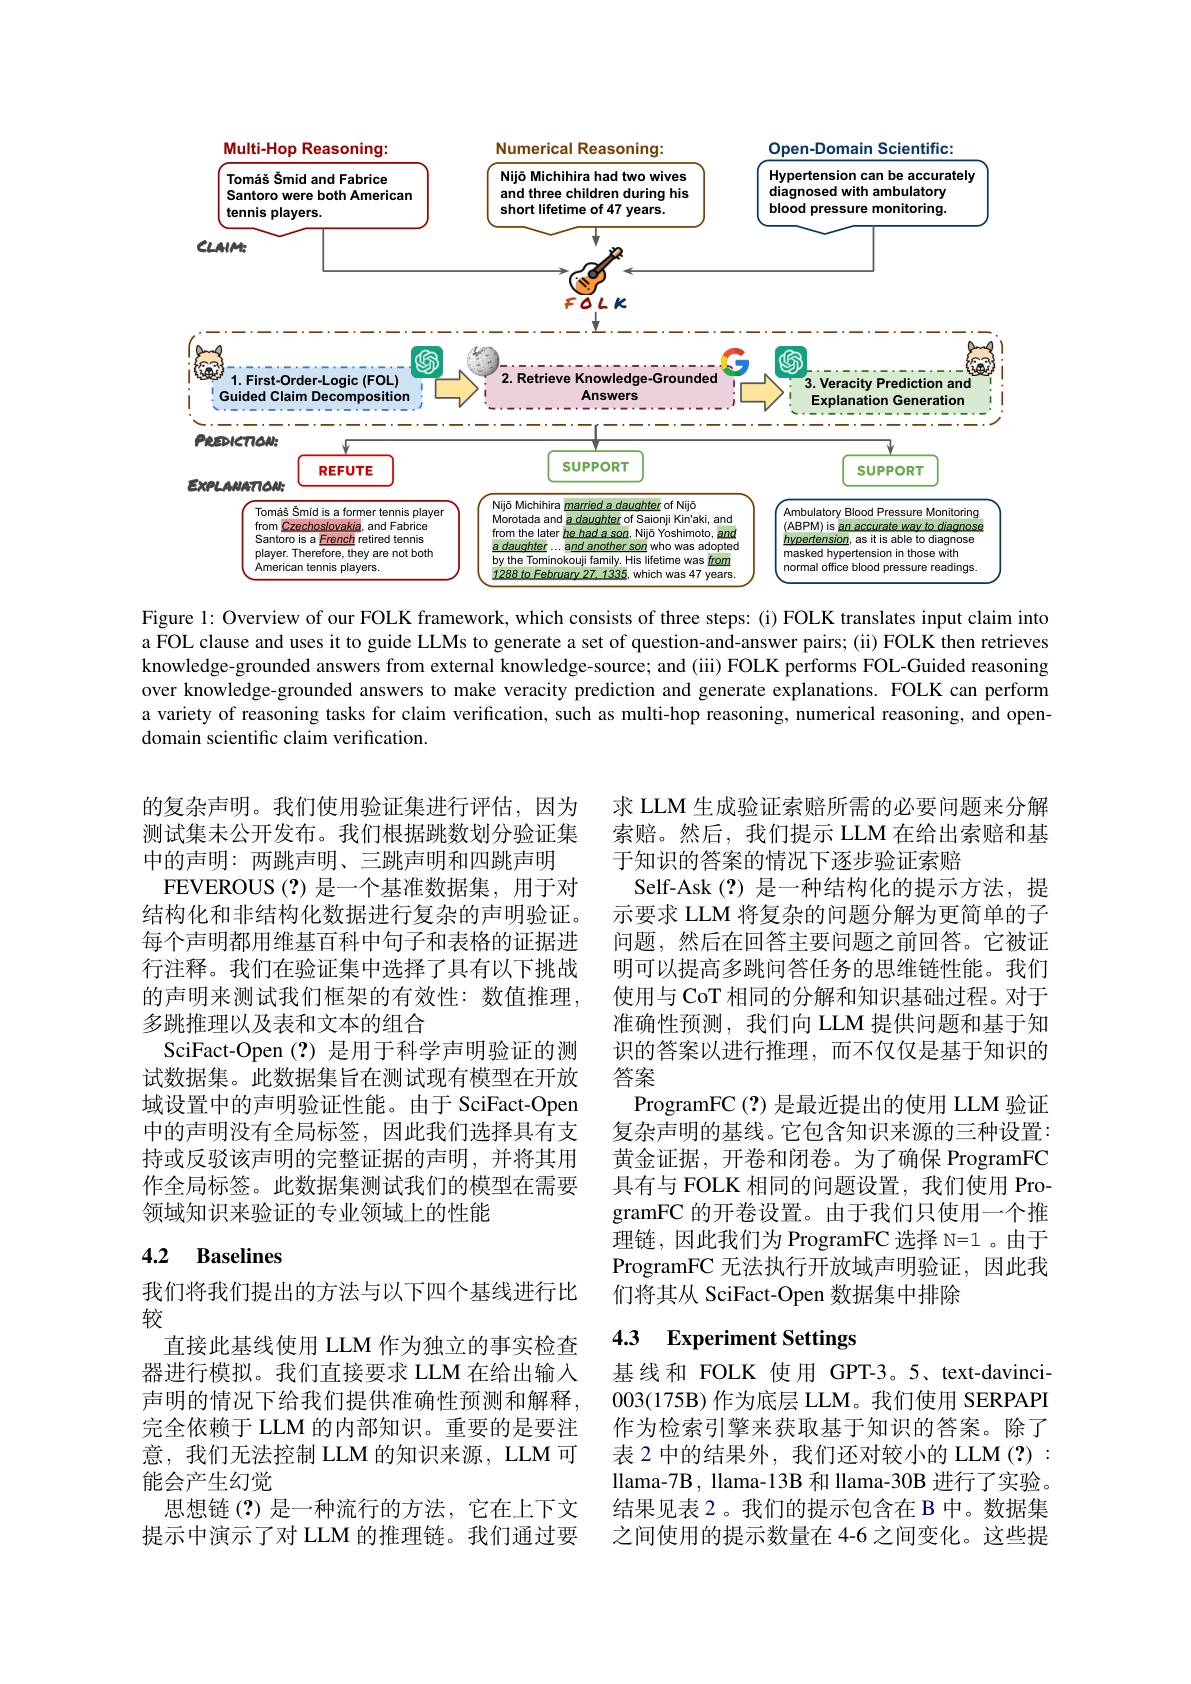
<FigureHere>
Figure l: Overview of our FOLK framework, which consists of three steps: (i) FOLK translates input claim into

a FOL clause and uses it to guide LLMs to generate a set of question-and-answer pairs; (ii) FOLK then retrieves knowledge-grounded answers from external knowledge-source; and (iii) FOLK performs FOL-Guided reasoning over knowledge-grounded answers to make veracity prediction and generate explanations. FOLK can perform a variety of reasoning tasks for claim verification, such as multi-hop reasoning, numerical reasoning, and opendomain scientific claim verification.

的复杂声明。我们使用验证集进行评估，因为测试集未公开发布。我们根据跳数划分验证集中的声明：两跳声明、三跳声明和四跳声明
FEVEROUS(?)是一个基准数据集，用于对结构化和非结构化数据进行复杂的声明验证。每个声明都用维基百科中句子和表格的证据进行注释。我们在验证集中选择了具有以下挑战的声明来测试我们框架的有效性：数值推理， 多跳推理以及表和文本的组合
SciFact-Open(?)是用于科学声明验证的测试数据集。此数据集旨在测试现有模型在开放域设置中的声明验证性能。由于 SciFact-Open 中的声明没有全局标签，因此我们选择具有支持或反驳该声明的完整证据的声明，并将其用作全局标签。此数据集测试我们的模型在需要领域知识来验证的专业领域上的性能

求 LLM 生成验证索赔所需的必要问题来分解索赔。然后，我们提示 LLM 在给出索赔和基于知识的答案的情况下逐步验证索赔
Self-Ask(?) 是一种结构化的提示方法，提示要求 LLM 将复杂的问题分解为更简单的子问题，然后在回答主要问题之前回答。它被证明可以提高多跳问答任务的思维链性能。我们使用与 CoT 相同的分解和知识基础过程。对于准确性预测，我们向 LLM 提供问题和基于知识的答案以进行推理，而不仅仅是基于知识的答案
ProgramFC (?) 是最近提出的使用 LLM 验证复杂声明的基线。它包含知识来源的三种设置： 黄金证据，开卷和闭卷。为了确保 ProgramFC 具有与 FOLK 相同的问题设置，我们使用 ProgramFC 的开卷设置。由于我们只使用一个推理链，因此我们为 ProgramFC 选择 N=1 。由于ProgramFC 无法执行开放域声明验证，因此我们将其从 SciFact-Open 数据集中排除

# 4.2 Baselines

# 4.3 Experiment Settings

我们将我们提出的方法与以下四个基线进行比
较
直接此基线使用 LLM 作为独立的事实检查器进行模拟。我们直接要求 LLM 在给出输入声明的情况下给我们提供准确性预测和解释， 完全依赖于 LLM 的内部知识。重要的是要注意，我们无法控制 LLM 的知识来源，LLM 可能会产生幻觉
思想链(?)是一种流行的方法，它在上下文提示中演示了对 LLM 的推理链。我们通过要

基线和 FOLK 使用 GPT-3。5、text-davinci- 003(175B)作为底层 LLM。我们使用 SERPAPI 作为检索引擎来获取基于知识的答案。除了表 2 中的结果外，我们还对较小的 LLM(?) : llama-7B, llama-13B 和 llama-30B 进行了实验。结果见表 2。我们的提示包含在 B 中。数据集之间使用的提示数量在 4-6 之间变化。这些提